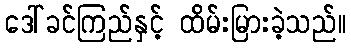
ဒေါ်ခင်ကြည်နှင့် ထိမ်းမြားခဲ့သည်။